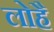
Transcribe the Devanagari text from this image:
लोहै